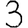
Digit: 3